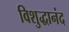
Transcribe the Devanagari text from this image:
विशुद्धानंद